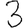
Digit: 3